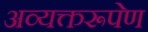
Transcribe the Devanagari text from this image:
अव्यक्तरूपेण